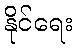
နိုင်ရေး